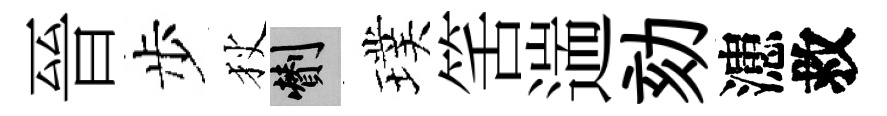
晉步狄剪璞筈遄劾漶救